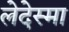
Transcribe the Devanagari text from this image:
लेदेस्मा